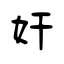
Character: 奸